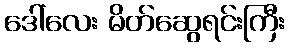
ဒေါ်လေး မိတ်ဆွေရင်းကြီး